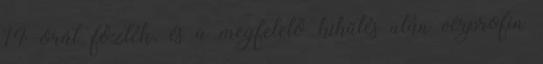
14 órát főzték, és a megfelelő kihűtés után vérprofin